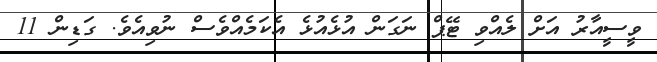
ވީސީއާރު އަށް ލެއްވި ޓޭޕް ނަގަން އުޅެއުޅެ އެކަމެއްވެސް ނުވިއެވެ. ގަޑިން 11